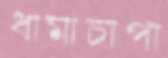
ধামাচাপা